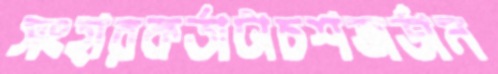
সংহারকর্তাটাচশজর্ডান